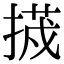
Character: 𭡷